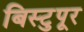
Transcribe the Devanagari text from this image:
बिस्टुपूर